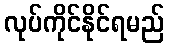
လုပ်ကိုင်နိုင်ရမည်